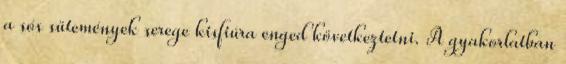
a sós sütemények serege kisfiúra enged következtetni. A gyakorlatban